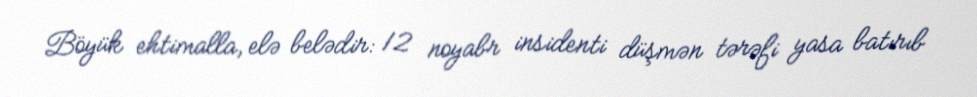
Böyük ehtimalla, elə belədir: 12 noyabr insidenti düşmən tərəfi yasa batırıb